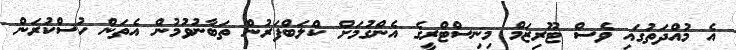
އެ މުއްދަތުގައި ވެސް ޓޫރިޒަމް މިނިސްޓްރީގެ އެންގުމަށް ކްލަބްފަރުން ތަބާނުވުމުން އެތަން ހުސްކުރަން